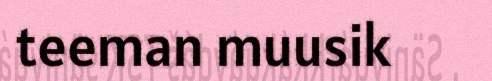
teeman muusik